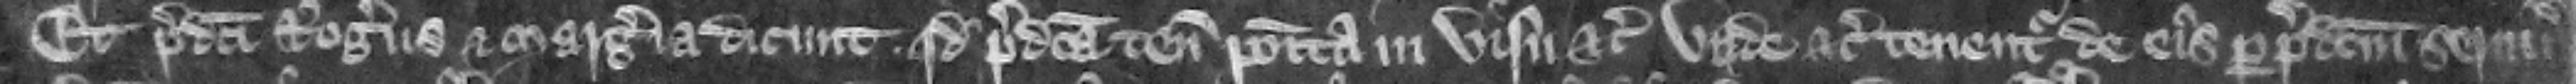
Et predicti Rogers et Margeria dicunt quod predicta tenementa posita in visu etc. vnde etc. tenentur de eis per predictum seruicium